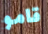
قامو